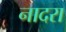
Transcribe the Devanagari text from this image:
नादरा